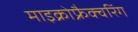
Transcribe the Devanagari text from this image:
माइक्रोफ्रैक्चरिंग